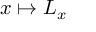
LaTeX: x \mapsto L _ { x }